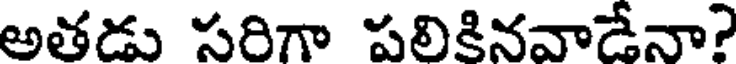
అతడు సరిగా పలికినవాడేనా?